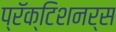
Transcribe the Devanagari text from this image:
प्रॅक्टिशनर्स